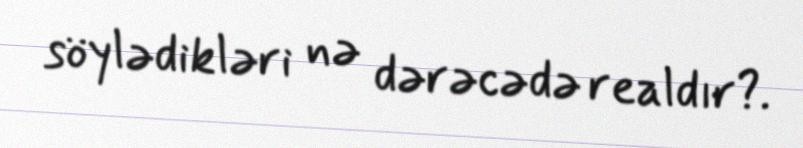
söylədikləri nə dərəcədə realdır?.